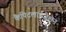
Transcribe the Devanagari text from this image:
कैपिटलाईज़ेशन